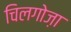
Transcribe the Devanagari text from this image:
चिलगोज़ा